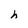
Character: h